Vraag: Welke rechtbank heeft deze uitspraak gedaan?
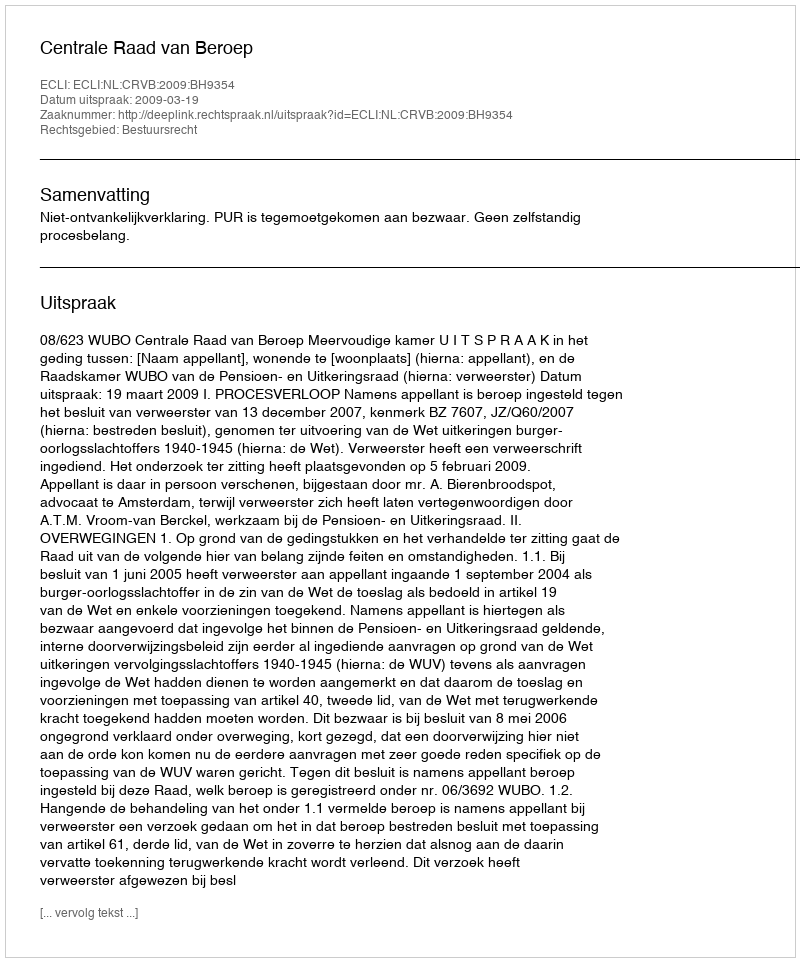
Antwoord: Centrale Raad van Beroep